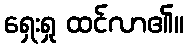
ရှေးရှု ထင်လာ၏။